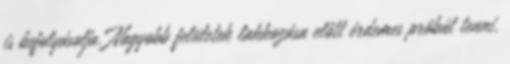
is befolyásolja. Nagyobb felületek lakkozása előtt érdemes próbát tenni.